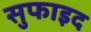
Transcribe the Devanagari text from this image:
सुफाइद